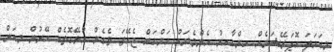
މިކަހަލަ އޮޕަރޭޝަނެއް ހިންގާއިރު އެންމެނަށް އަންގަން ޖެހޭތަ ވެގެން އުޅޭގޮތެއް އޭރުން މިކަން